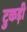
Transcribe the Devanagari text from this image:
टुकड़ी